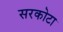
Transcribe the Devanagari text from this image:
सरकोटा